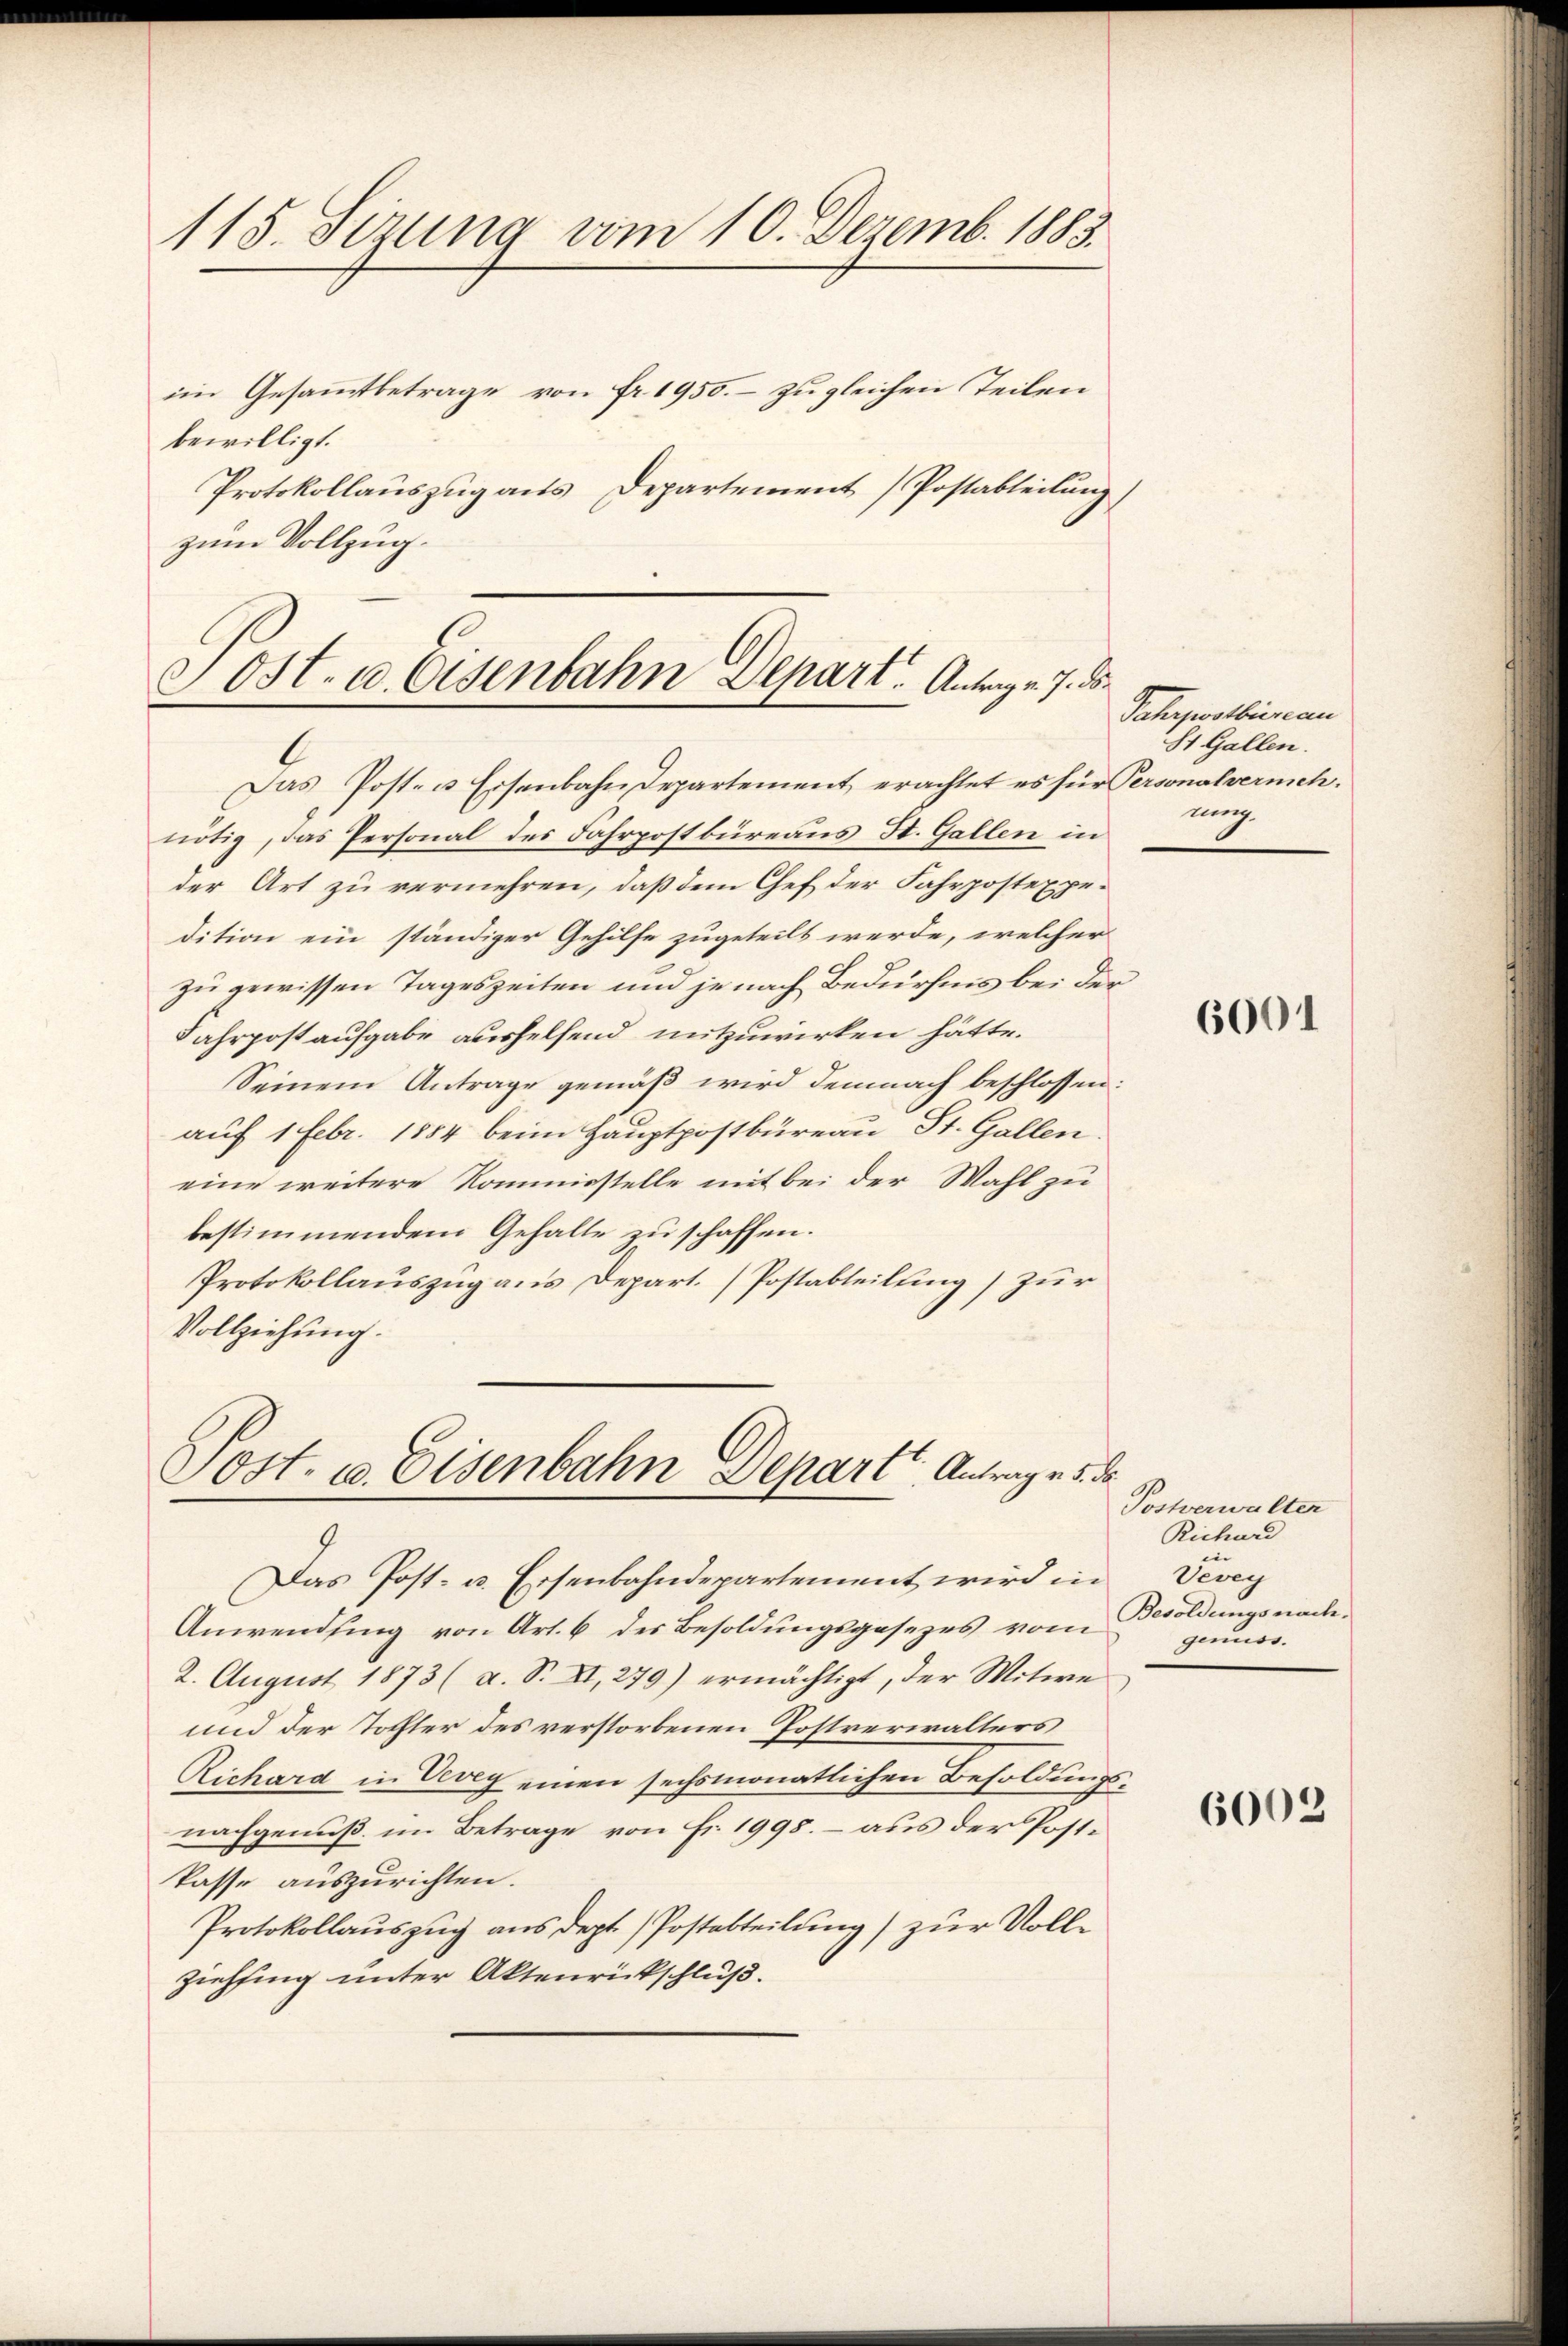
115. Sezung vom 10. Dezemb. 1883

bewilligt.
Protokollauszug aus Departement Postabteilung
zum Vollzug.

im Gesammtbetrage von fr. 1955. – zu gleichen Teilen

Jost. u. Osenbahn Depart. Antrag v. 7. ds.
Das Post- u. Eisenbahndepartement erachtet es für Personalvermeh¬

Post. u. Eisenbahn Depart Antrage 5. d.

nötig, das Personal des Fahrpostbüreaus St. Gallen in
der Art zu vermehren, daß dem Chef der Fahrpostexpedition ein ständiger Gehilfe zugeteilt werde, welcher
zu gewissen Tageszeiten und je nach Bedürfnis bei der
Fahrpost aufgabe aushelfend mitzuwirken hätte.
Seinem Antrage gemäß wird demnach beschlossen:
auf 1 Febr. 1854 beim Hauptpostbüreau St. Gallen.
eine weitere Kommisstelle mit bei der Wahl zu
bestimmendem Gehalte zu schaffen.
Protokollauszug aus Depart. (Postabteilung) zur
Vollziehung.

Das Post- u. Eisenbahndepartement wird in

Anwendung von Art. 6 des Besoldungsgesezes vom Besoldungsnach¬
2. August 1873 (a. S. XI, 279) ermächtigt, der Witwe
und der Tochter des verstorbenen Postverwalters
Richard in Vevey einen sechsmonatlichen Besoldungsnachgenuß im Betrage von Fr. 1995. - aus der Postkasse auszurichten.
Protokollauszug aus dept. Postabteilung) zur Vollziehung unter Aktenrückschluß.

Sahrpostbüreau
St. Gallen.
ung

6001

Postverwalter
Richard
in
Vevey
genuss.

6003